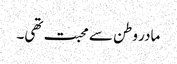
مادر وطن سے محبت تھی۔